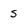
Character: S